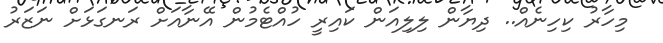
މިހާރު ކިހިނެއް.. ދިޔާން ލިލިއަން ކައިރީ ހުއްޓެމުން އޭނާއަށް ރަނގަޅަށް ނަޒަރު